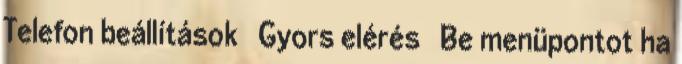
Telefon beállítások → Gyors elérés → Be menüpontot ha